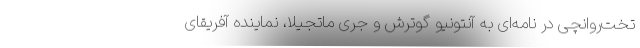
تخت‌روانچی در نامه‌ای به آنتونیو گوترش و جری ماتجیلا، نماینده آفریقای